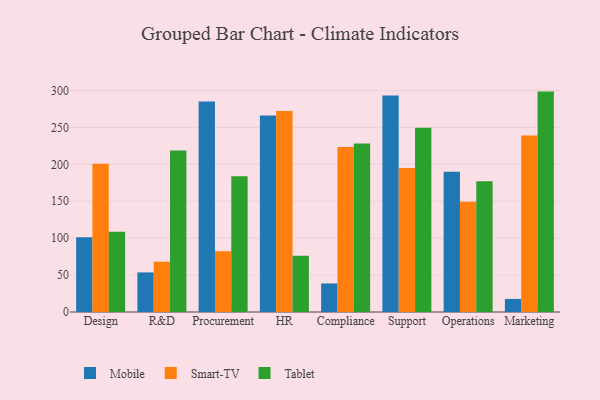
{"axis": {"x": "Department", "y": "Tickets Resolved"}, "legend": ["Mobile", "Smart-TV", "Tablet"], "data": [{"x": "Design", "y": 101.2, "type": "Mobile"}, {"x": "Design", "y": 200.7, "type": "Smart-TV"}, {"x": "Design", "y": 108.8, "type": "Tablet"}, {"x": "R&D", "y": 53.6, "type": "Mobile"}, {"x": "R&D", "y": 68.1, "type": "Smart-TV"}, {"x": "R&D", "y": 218.7, "type": "Tablet"}, {"x": "Procurement", "y": 285.1, "type": "Mobile"}, {"x": "Procurement", "y": 82.3, "type": "Smart-TV"}, {"x": "Procurement", "y": 183.8, "type": "Tablet"}, {"x": "HR", "y": 266.1, "type": "Mobile"}, {"x": "HR", "y": 272.3, "type": "Smart-TV"}, {"x": "HR", "y": 76.3, "type": "Tablet"}, {"x": "Compliance", "y": 38.7, "type": "Mobile"}, {"x": "Compliance", "y": 223.6, "type": "Smart-TV"}, {"x": "Compliance", "y": 228.3, "type": "Tablet"}, {"x": "Support", "y": 293.3, "type": "Mobile"}, {"x": "Support", "y": 195.1, "type": "Smart-TV"}, {"x": "Support", "y": 249.4, "type": "Tablet"}, {"x": "Operations", "y": 190.1, "type": "Mobile"}, {"x": "Operations", "y": 149.3, "type": "Smart-TV"}, {"x": "Operations", "y": 177.1, "type": "Tablet"}, {"x": "Marketing", "y": 17.7, "type": "Mobile"}, {"x": "Marketing", "y": 239.1, "type": "Smart-TV"}, {"x": "Marketing", "y": 298.5, "type": "Tablet"}]}